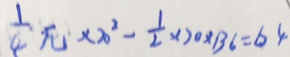
\frac { 1 } { 4 } \pi \times 2 0 ^ { 2 } - \frac { 1 } { 2 } \times 2 0 \times 1 3 6 = 6 4